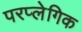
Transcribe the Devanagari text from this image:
परप्लेगिक